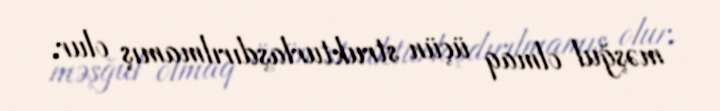
məşğul olmaq üçün strukturlaşdırılmamış olur.